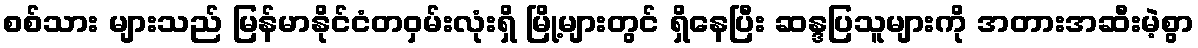
စစ်သား များသည် မြန်မာနိုင်ငံတဝှမ်းလုံးရှိ မြို့များတွင် ရှိနေပြီး ဆန္ဒပြသူများကို အတားအဆီးမဲ့စွာ